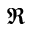
\Re